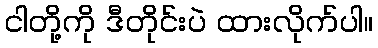
ငါတို့ကို ဒီတိုင်းပဲ ထားလိုက်ပါ။